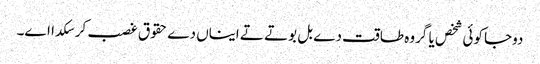
دوجا کوئی شخص یا گروہ طاقت دے بل بوتے تے ایناں دے حقوق غصب کر سکدا اے۔